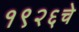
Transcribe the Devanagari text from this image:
१९२६चे